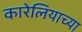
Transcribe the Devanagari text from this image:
कारेलियाच्या